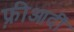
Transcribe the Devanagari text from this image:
फ़्रीआदीं